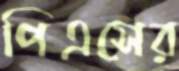
পিএসের